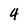
Character: 4